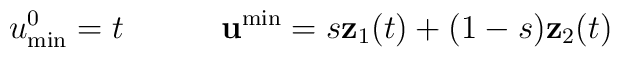
u^0_{\rm min}=t \quad \quad \quad{\bf u}^{\min} = s {\bf z}_1(t) + (1-s) {\bf z}_2(t)